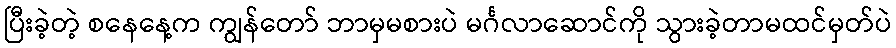
ပြီးခဲ့တဲ့ စနေနေ့က ကျွန်တော် ဘာမှမစားပဲ မင်္ဂလာဆောင်ကို သွားခဲ့တာမထင်မှတ်ပဲ